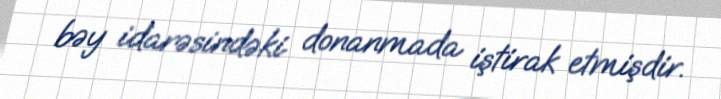
bəy idarəsindəki donanmada iştirak etmişdir.